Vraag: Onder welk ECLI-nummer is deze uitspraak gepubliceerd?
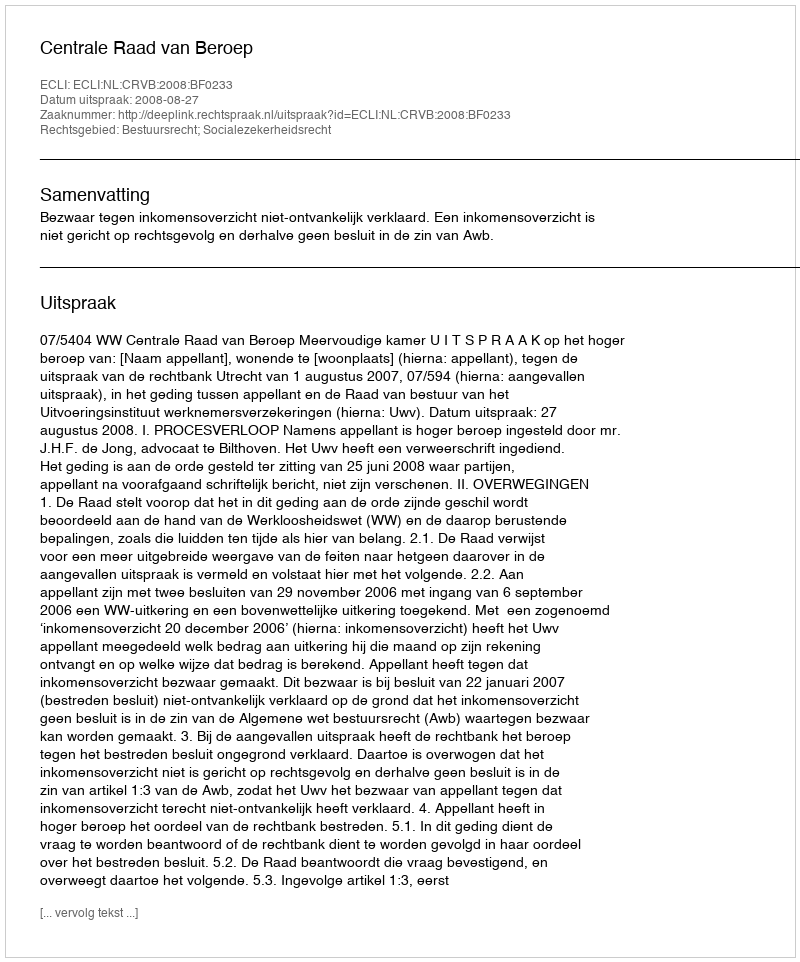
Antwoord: ECLI:NL:CRVB:2008:BF0233